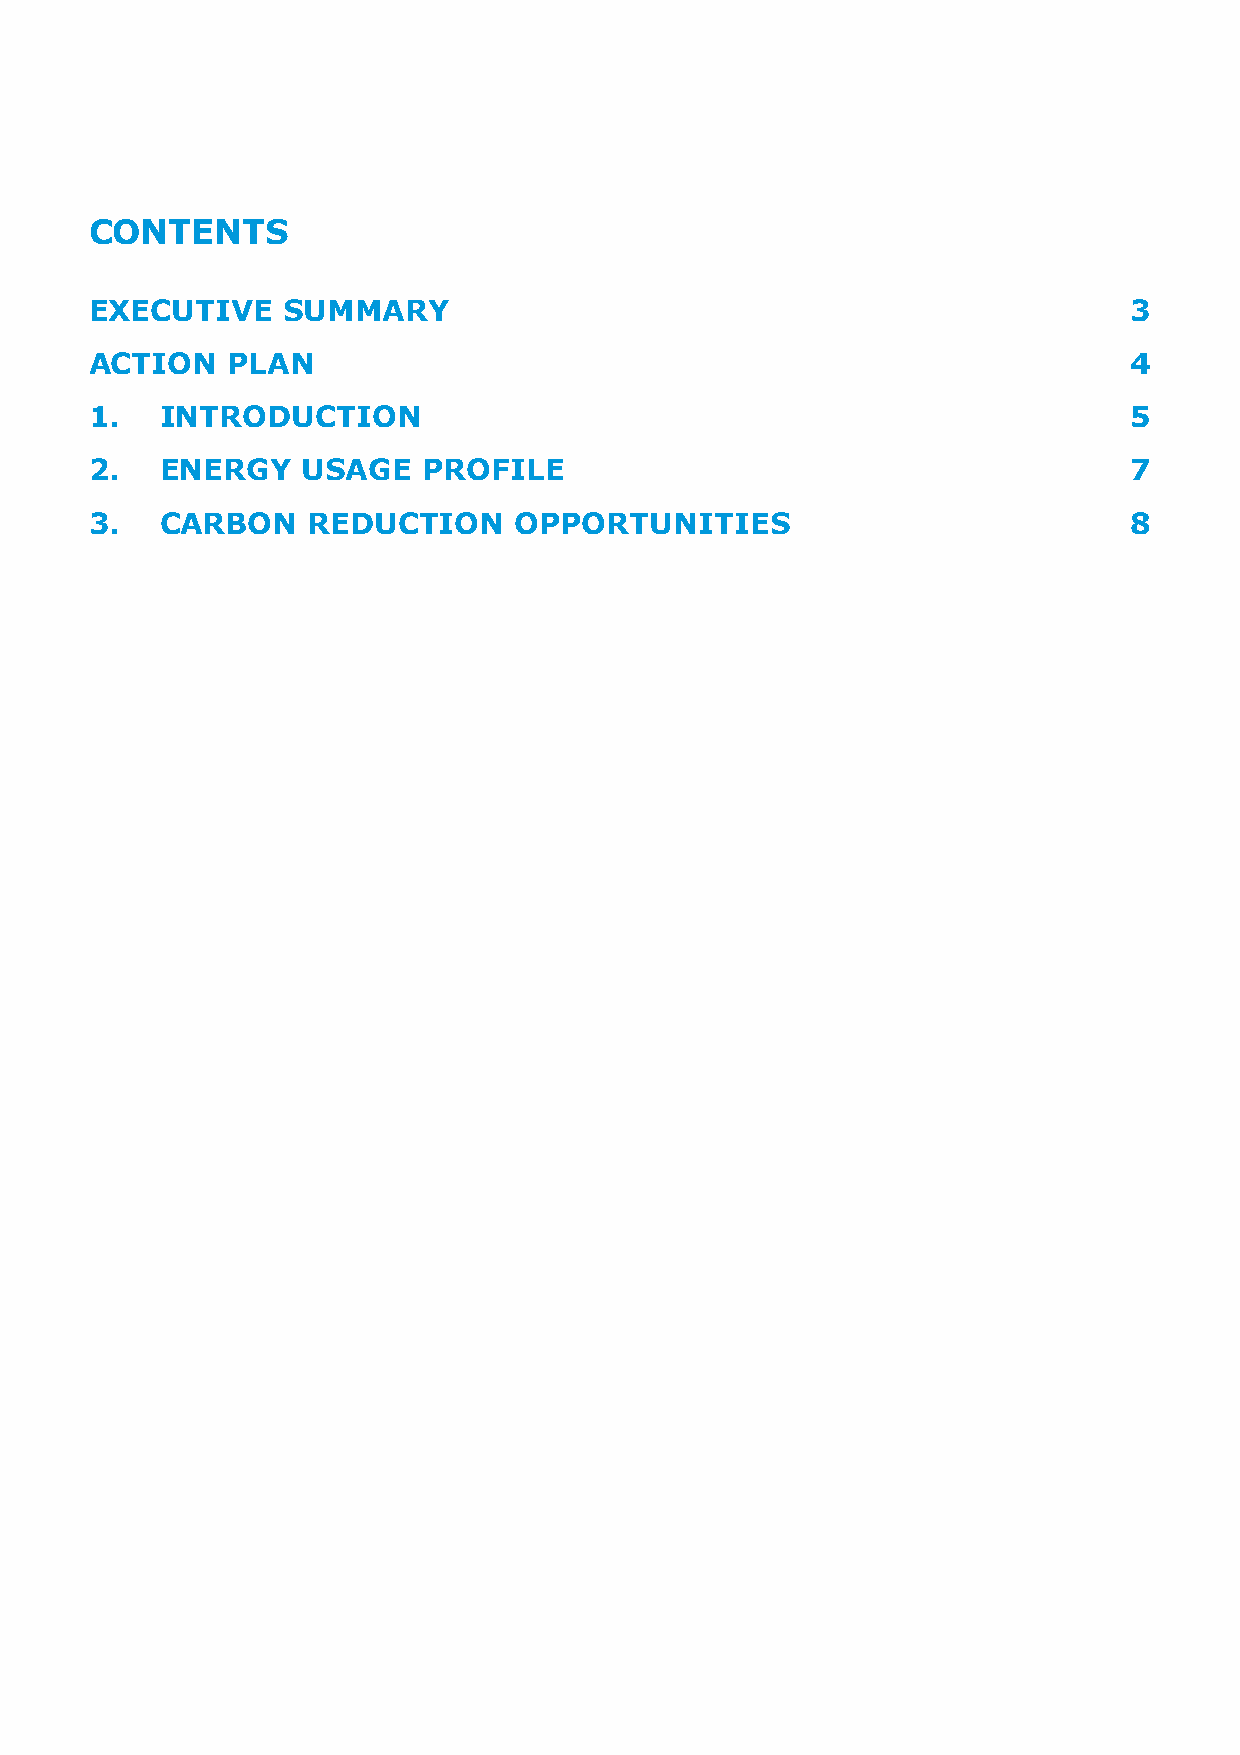
CONTENTS
 EXECUTIVE    SUMMARY                                                 3
 ACTION   PLAN                                                        4
 1.   INTRODUCTION                                                    5
 2.   ENERGY   USAGE   PROFILE                                        7
 3.   CARBON   REDUCTION     OPPORTUNITIES                            8